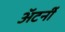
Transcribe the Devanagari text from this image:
अॅटर्नी